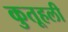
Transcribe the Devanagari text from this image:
कुतूहली